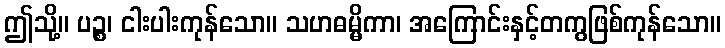
ဤသို့။ ပဉ္စ၊ ငါးပါးကုန်သော။ သဟဓမ္မိကာ၊ အကြောင်းနှင့်တကွဖြစ်ကုန်သော။